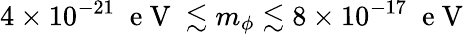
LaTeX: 4\times 10^{-21}\; \mathrm{~e~V~}\lesssim m_{\phi}\lesssim 8\times 10^{-17}\; \mathrm{~e~V~}